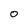
Character: 0